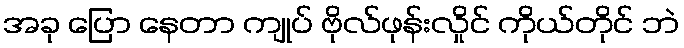
အခု ပြော နေတာ ကျုပ် ဗိုလ်ဖုန်းလှိုင် ကိုယ်တိုင် ဘဲ